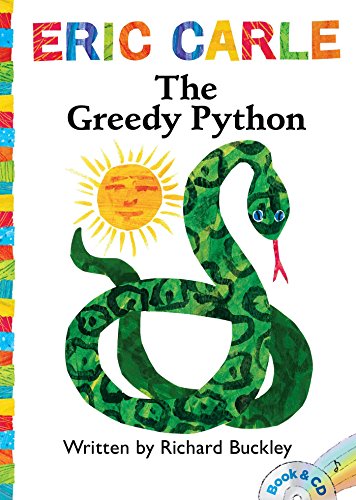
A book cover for The Greedy Python: Book & CD (The World of Eric Carle); Richard Buckley; Children's Books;